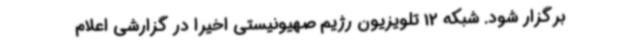
برگزار شود. شبکه 12 تلویزیون رژیم صهیونیستی اخیرا در گزارشی اعلام